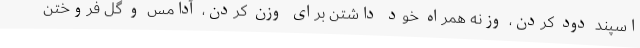
اسپند دود کردن، وزنه همراه خود داشتن برای وزن کردن، آدامس و گل فروختن